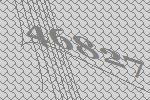
46827